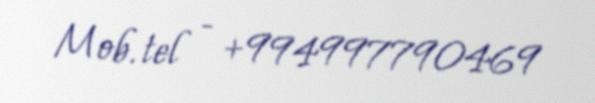
Mob. tel - +994997790469